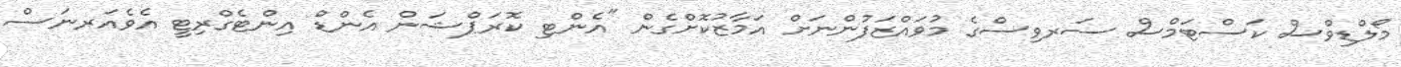
މޯލްޑިވްސް ކަސްޓަމްސް ސަރވިސްގެ މުވައްޒަފުންނަށް އަމާޒުކޮށްގެން "އެންޓި ކޮރަޕްޝަން އެންޑް އިންޓެގްރިޓީ އެވެއަރނަސް